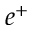
e ^ { + }